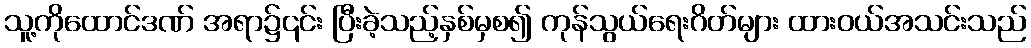
သူ့ကိုထောင်ဒဏ် အရာ၌၎င်း ပြီးခဲ့သည့်နှစ်မှစ၍ ကုန်သွယ်ရေးဂိတ်များ ထားဝယ်အသင်းသည်